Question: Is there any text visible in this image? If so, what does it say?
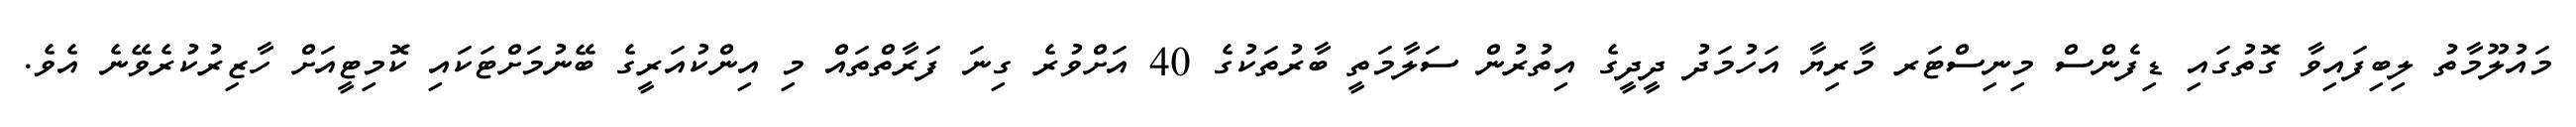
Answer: މައުލޫމާތު ލިބިފައިވާ ގޮތުގައި ޑިފެންސް މިނިސްޓަރ މާރިޔާ އަހުމަދު ދީދީގެ އިތުރުން ސަލާމަތީ ބާރުތަކުގެ 40 އަށްވުރެ ގިނަ ފަރާތްތައް މި އިންކުއަރީގެ ބޭނުމަށްޓަކައި ކޮމިޓީއަށް ހާޒިރުކުރެވޭނެ އެވެ.